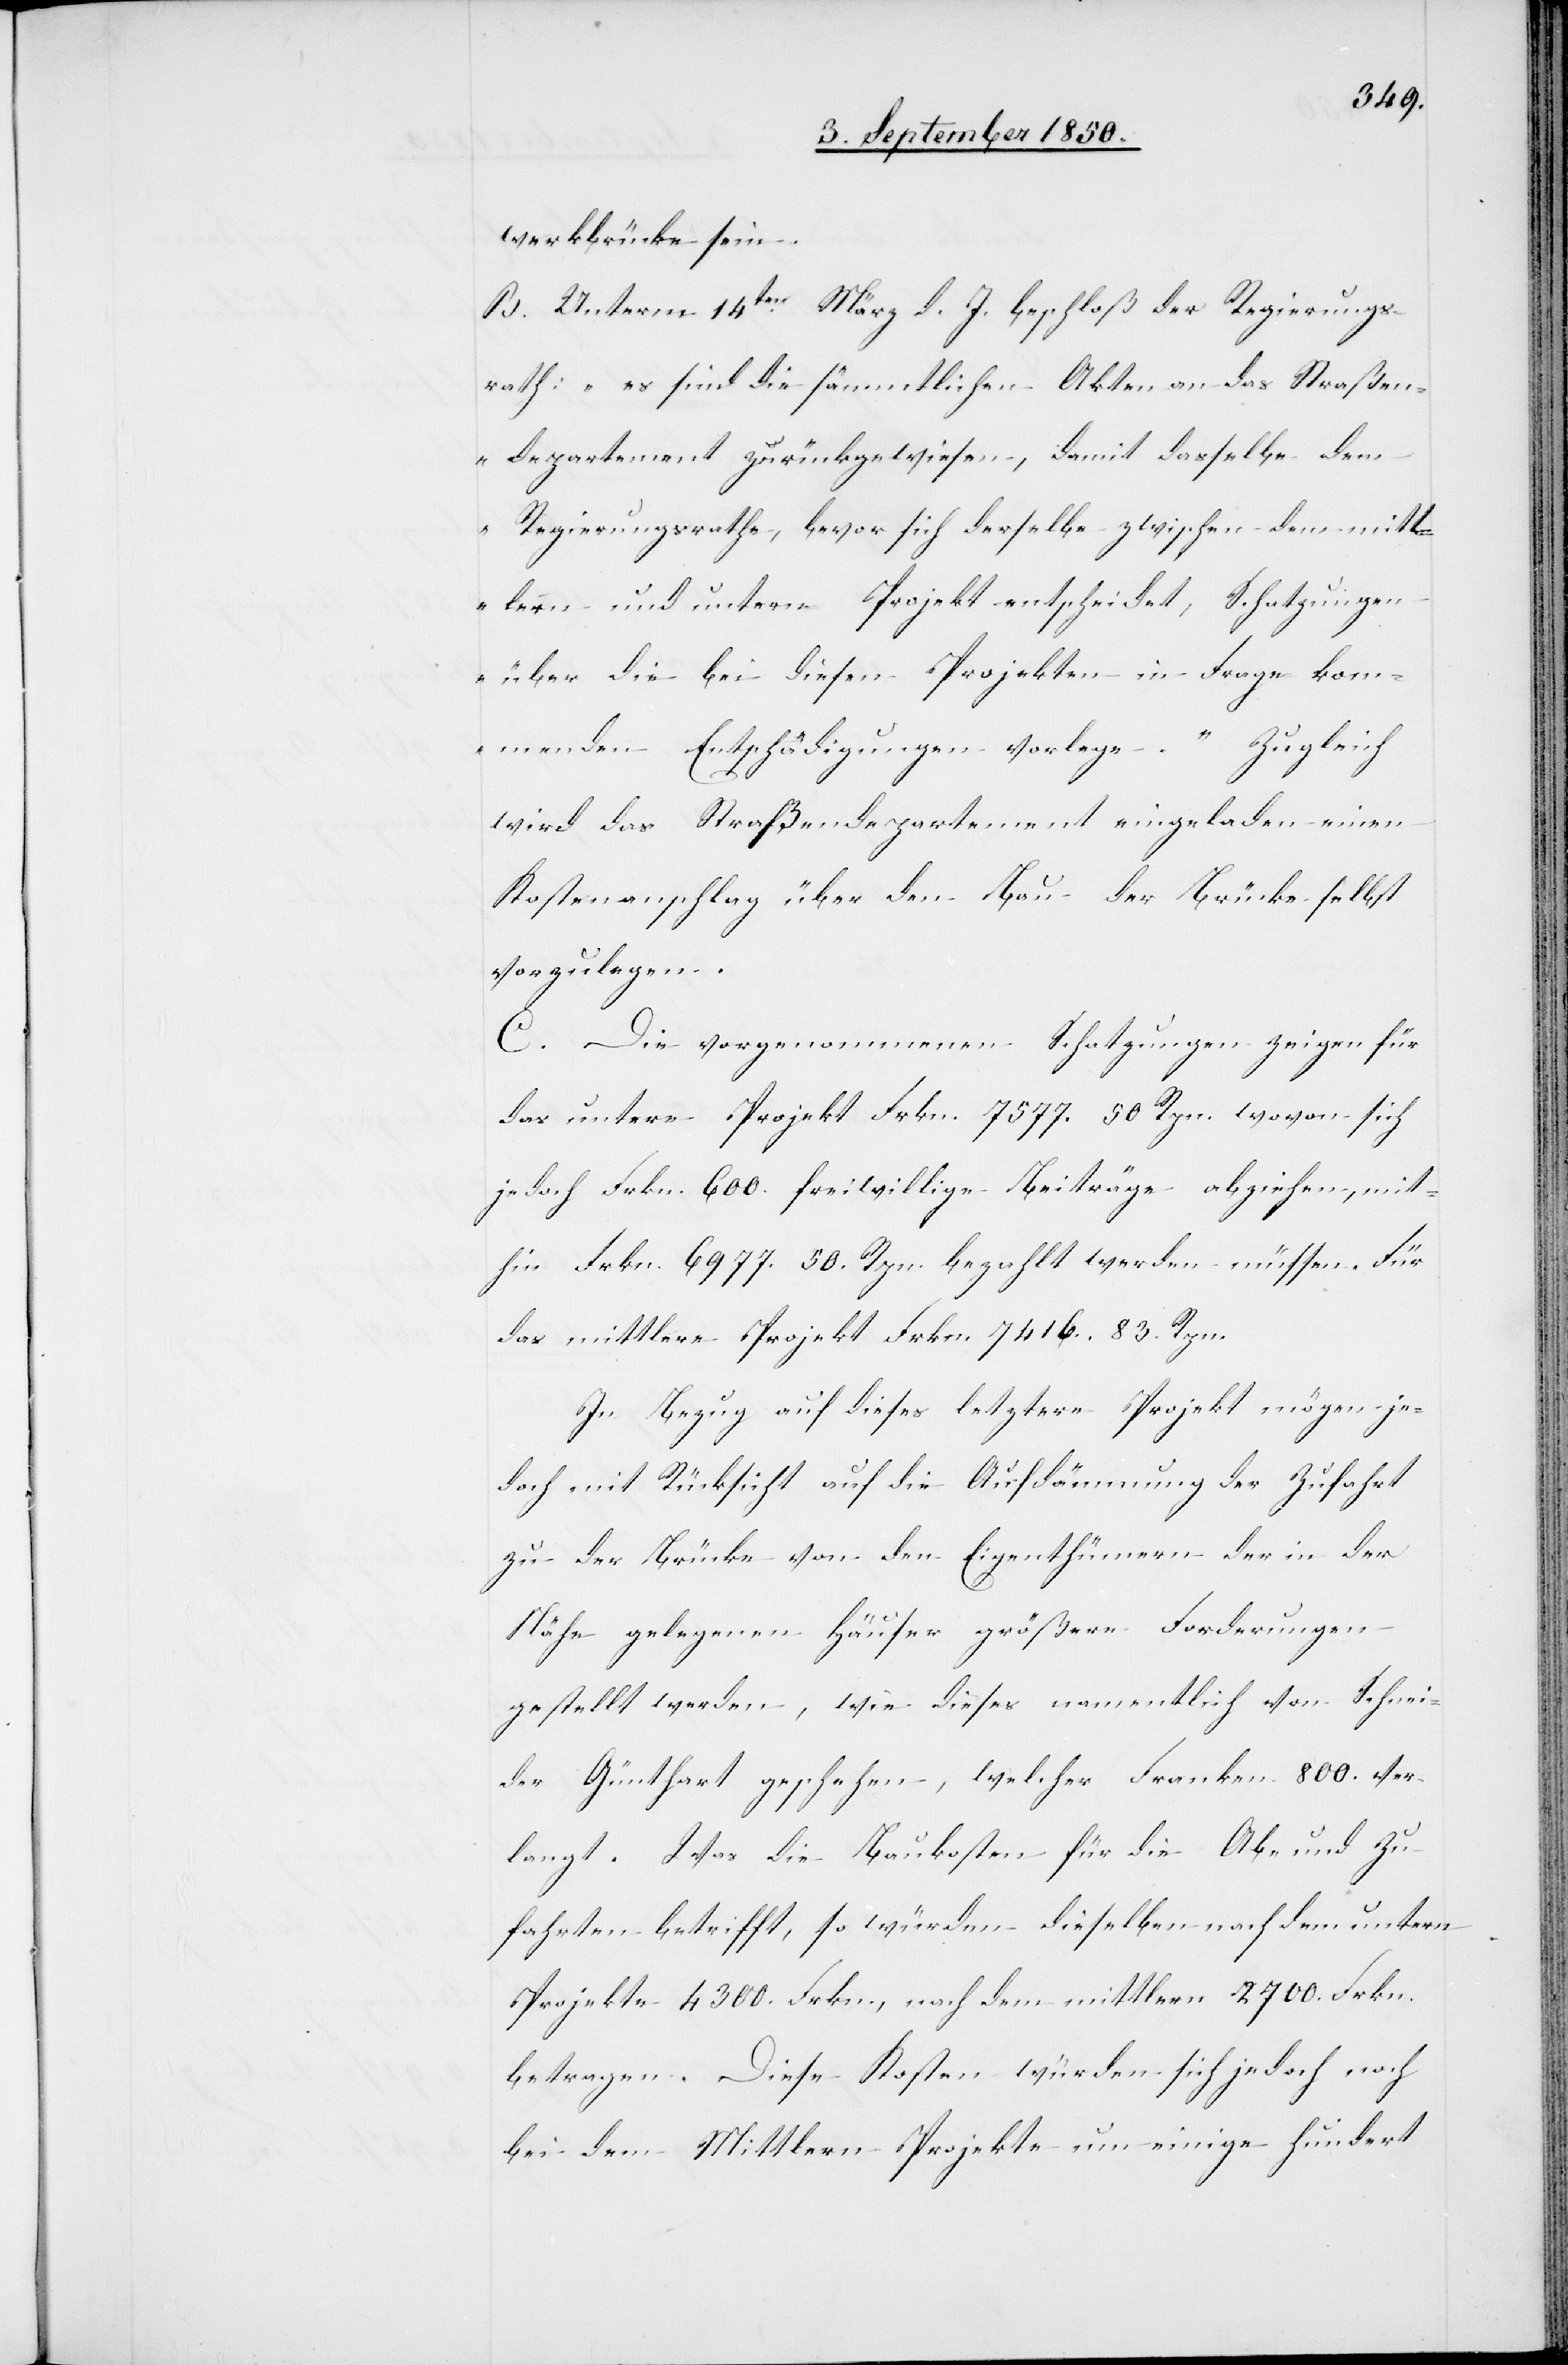
werkbrücke sein.
B. Unterm 14ten März d. J. beschloß der Regierungs¬
rath: „es sind die sämmtlichen Akten an das Straßen¬
departement zurückgewiesen, damit dasselbe dem
Regierungsrathe, bevor sich derselbe zwischen dem mitt¬
lern und untern Projekt entscheidet, Schatzungen
über die bei diesen Projekten in Frage kom¬
menden Entschädigungen vorlege.“ Zugleich
wird das Straßendepartement eingeladen einen
Kostenanschlag über den Bau der Brücke selbst
vorzulegen.
C. Die vorgenommenen Schatzungen zeigen für
das untere Projekt Frkn. 7577. 50. Rpn. wovon sich
jedoch Frkn. 600. freiwillige Beiträge abziehen, mit¬
hin Frkn. 6977. 50. Rpn. bezahlt werden müssen. Für
das mittlere Projekt Frkn. 7416. 83. Rpn.
In Bezug auf dieses letztere Projekt mögen je¬
doch mit Rücksicht auf die Aufdämmung der Zufahrt
zu der Brücke von den Eigenthümern der in der
Nähe gelegenen Häuser größere Forderungen
gestellt werden, wie dieses namentlich von Schnei¬
der Günthart geschehen, welcher Franken. 800. ver¬
langt. Was die Baukosten für die Ab- und Zu¬
fahrten betrifft, so würden dieselben nach dem untern
Projekte 4300. Frkn., nach dem mittlern 2700. Frkn.
betragen. Diese Kosten würden sich jedoch noch
bei dem Mittlern Projekte um einige hundert